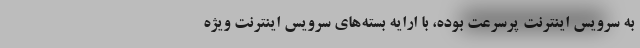
به سرویس اینترنت پرسرعت بوده، با ارایه بسته‌های سرویس اینترنت ویژه